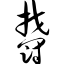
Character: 郁